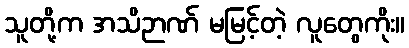
သူတို့က အသိဉာဏ် မမြင့်တဲ့ လူတွေကိုး။